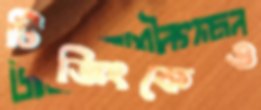
টিজিংকেও